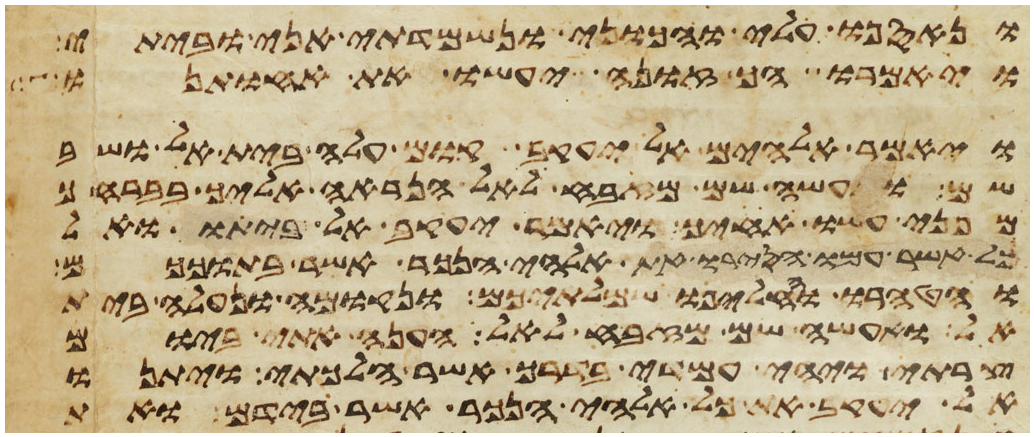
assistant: ונאספו עלי והכוני ונשמדתי אני וביתי
ויאמרו הך זונה יעשו את אחותנו
ויאמר אלהים אל יעקב קום עלה בית אל ושב
שם ועשה שם מזבח לאל הנראה אליך בברחך
מפני עשו אחיך ויאמר יעקב אל ביתו ואל
כל אשר עמו הסירו את אלהי הנכר אשר בתוככם
והטהרו והחליפו שמלתיכם ונקומה ונעלה בית
אל ואעשה שם מזבח לאל הענה אתי ביום
צרתי ויהי עמדי בדרך אשר הלכתי ויתנו
אל יעקב את כל אלהי הנכר אשר בידם ואת